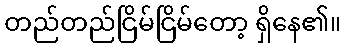
တည်တည်ငြိမ်ငြိမ်တော့ ရှိနေ၏။